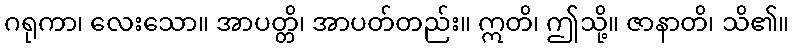
ဂရုကာ၊ လေးသော။ အာပတ္တိ၊ အာပတ်တည်း။ ဣတိ၊ ဤသို့။ ဇာနာတိ၊ သိ၏။